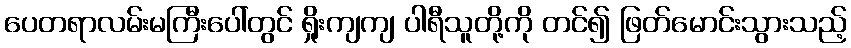
ပေတရာလမ်းမကြီးပေါ်တွင် ရှိုးကျကျ ပါရီသူတို့ကို တင်၍ ဖြတ်မောင်းသွားသည့်